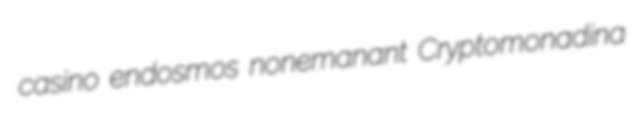
casino endosmos nonemanant Cryptomonadina